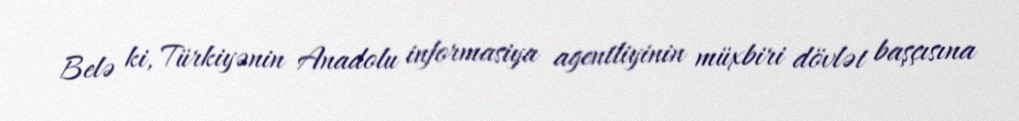
Belə ki, Türkiyənin Anadolu informasiya agentliyinin müxbiri dövlət başçısına